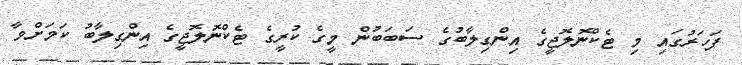
ފަހަރުގައި މި ޓެކްނޮލޮޖީގެ އިންގިލާބުގެ ސަބަބުން މީގެ ކުރީގެ ޓެކްނޮލޮޖީގެ އިންގިލާބު ކަމަށްވާ